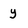
Character: y